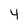
Character: 4